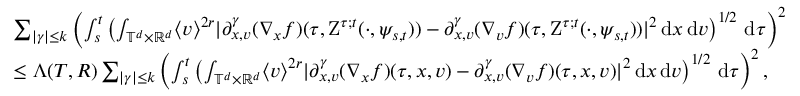
\begin{array} { r l } & { \sum _ { \vert \gamma \vert \leq k } \left( \int _ { s } ^ { t } \left( \int _ { \mathbb T ^ { d } \times \mathbb R ^ { d } } \langle v \rangle ^ { 2 r } \vert \partial _ { x , v } ^ { \gamma } ( \nabla _ { x } f ) ( \tau , \mathrm { Z } ^ { \tau ; t } ( \cdot , \psi _ { s , t } ) ) - \partial _ { x , v } ^ { \gamma } ( \nabla _ { v } f ) ( \tau , \mathrm { Z } ^ { \tau ; t } ( \cdot , \psi _ { s , t } ) ) \vert ^ { 2 } \, \mathrm { d } x \, \mathrm { d } v \right) ^ { 1 / 2 } \, \mathrm { d } \tau \right) ^ { 2 } } \\ & { \leq \Lambda ( T , R ) \sum _ { \vert \gamma \vert \leq k } \left( \int _ { s } ^ { t } \left( \int _ { \mathbb T ^ { d } \times \mathbb R ^ { d } } \langle v \rangle ^ { 2 r } \vert \partial _ { x , v } ^ { \gamma } ( \nabla _ { x } f ) ( \tau , x , v ) - \partial _ { x , v } ^ { \gamma } ( \nabla _ { v } f ) ( \tau , x , v ) \vert ^ { 2 } \, \mathrm { d } x \, \mathrm { d } v \right) ^ { 1 / 2 } \, \mathrm { d } \tau \right) ^ { 2 } , } \end{array}